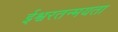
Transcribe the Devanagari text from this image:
ईश्वरतन्मयता